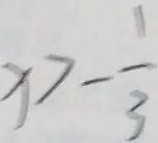
x > - \frac { 1 } { 3 }